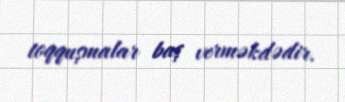
toqquşmalar baş verməkdədir.